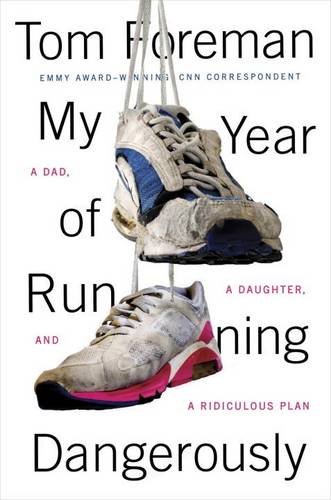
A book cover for My Year of Running Dangerously: A Dad, a Daughter, and a Ridiculous Plan; Tom Foreman; Health, Fitness & Dieting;